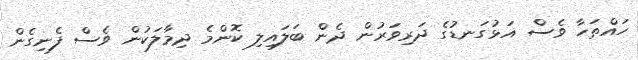
ހައްތަހާ ވެސް އަޅުގަނޑުގެ ދަރިވަރުން ދެން ބަލައިލި ކޮންމެ ދިމާލަކުން ވެސް ފެނިގެން